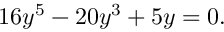
1 6 y ^ { 5 } - 2 0 y ^ { 3 } + 5 y = 0 .